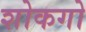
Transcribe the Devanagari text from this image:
शोकगो